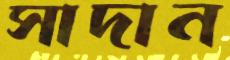
সাদান